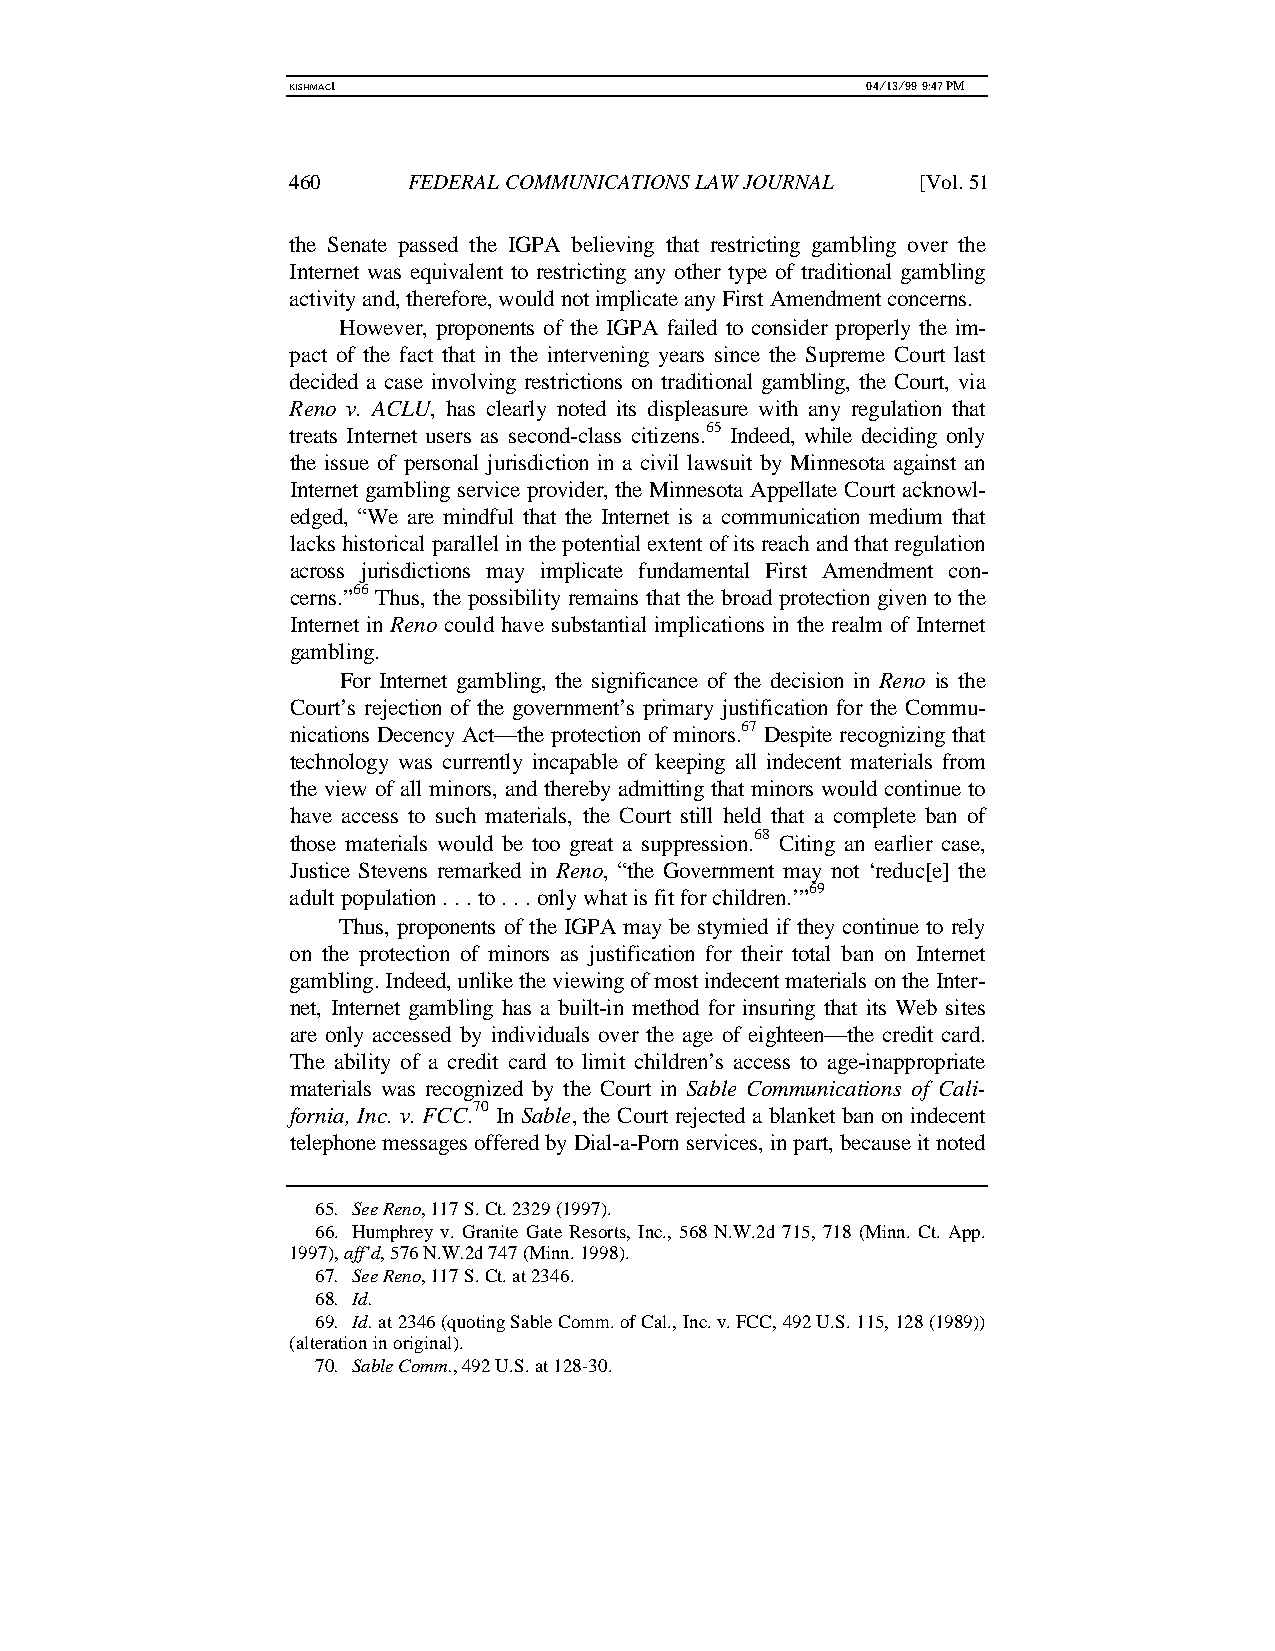
KISHMAC1                              04/13/99 9:47 PM
 460     FEDERAL COMMUNICATIONS LAW JOURNAL [Vol. 51
 the Senate passed the IGPA believing that restricting gambling over the
 Internet was equivalent to restricting any other type of traditional gambling
 activity and, therefore, would not implicate any First Amendment concerns.
 However, proponents of the IGPA failed to consider properly the im-
 pact of the fact that in the intervening years since the Supreme Court last
 decided a case involving restrictions on traditional gambling, the Court, via
 Reno v. ACLU, has clearly noted its displeasure with any regulation that
 treats Internet users as second-class citizens.65 Indeed, while deciding only
 the issue of personal jurisdiction in a civil lawsuit by Minnesota against an
 Internet gambling service provider, the Minnesota Appellate Court acknowl-
 edged, “We are mindful that the Internet is a communication medium that
 lacks historical parallel in the potential extent of its reach and that regulation
 across jurisdictions may implicate fundamental First Amendment con-
 cerns.”66 Thus, the possibility remains that the broad protection given to the
 Internet in Reno could have substantial implications in the realm of Internet
 gambling.
 For Internet gambling, the significance of the decision in Reno is the
 Court’s rejection of the government’s primary justification for the Commu-
 nications Decency Act—the protection of minors.67 Despite recognizing that
 technology was currently incapable of keeping all indecent materials from
 the view of all minors, and thereby admitting that minors would continue to
 have access to such materials, the Court still held that a complete ban of
 those materials would be too great a suppression.68 Citing an earlier case,
 Justice Stevens remarked in Reno, “the Government may not ‘reduc[e] the
 adult population . . . to . . . only what is fit for children.’”69
 Thus, proponents of the IGPA may be stymied if they continue to rely
 on the protection of minors as justification for their total ban on Internet
 gambling. Indeed, unlike the viewing of most indecent materials on the Inter-
 net, Internet gambling has a built-in method for insuring that its Web sites
 are only accessed by individuals over the age of eighteen—the credit card.
 The ability of a credit card to limit children’s access to age-inappropriate
 materials was recognized by the Court in Sable Communications of Cali-
 fornia, Inc. v. FCC.70 In Sable, the Court rejected a blanket ban on indecent
 telephone messages offered by Dial-a-Porn services, in part, because it noted
 65. See Reno, 117 S. Ct. 2329 (1997).
 66. Humphrey v. Granite Gate Resorts, Inc., 568 N.W.2d 715, 718 (Minn. Ct. App.
 1997), aff’d, 576 N.W.2d 747 (Minn. 1998).
 67. See Reno, 117 S. Ct. at 2346.
 68. Id.
 69. Id. at 2346 (quoting Sable Comm. of Cal., Inc. v. FCC, 492 U.S. 115, 128 (1989))
 (alteration in original).
 70. Sable Comm., 492 U.S. at 128-30.